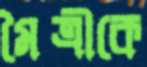
মৈত্রীকে